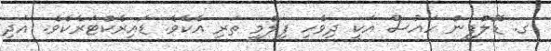
ގ. ޑޮލްފިން ހައުސް އަކީ ދިވެހި ފިލްމީ ތަރި އެކެވެ. ޑައިރެކްޓަރެކެވެ. އަދި